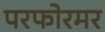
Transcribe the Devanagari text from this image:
परफोरमर